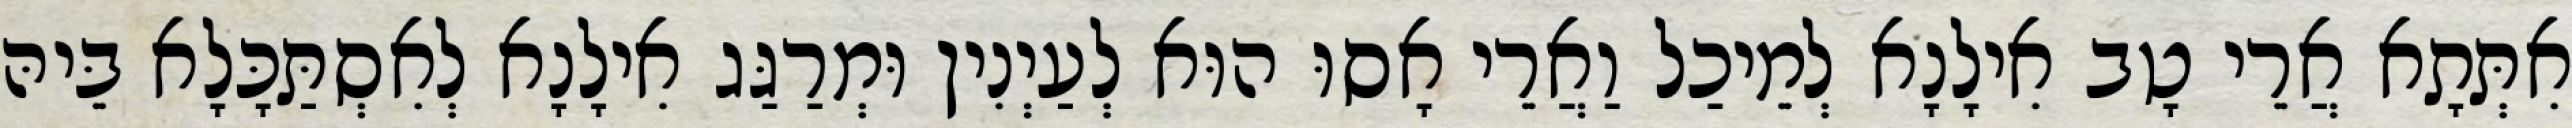
אִתְּתָא אֲרֵי טָב אִילָנָא לְמֵיכַל וַאֲרֵי אָסוּ הוּא לְעַיְנִין וּמְרַגַּג אִילָנָא לְאִסְתַּכָּלָא בֵּיהּ